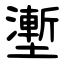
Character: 壍